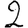
Digit: 2